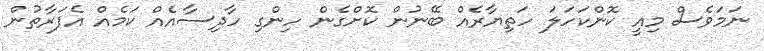
ނަމަވެސް މިއީ ކޮންކަހަލަ ހަތިޔާރެއް ބޭނުން ކޮށްގެން ހިންގި ހާދިސާއެއް ކަމެއް އެފަރާތުން